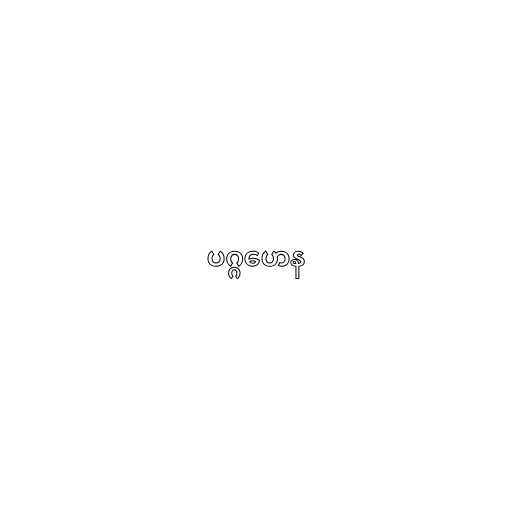
ပဂ္ဂဟေန